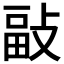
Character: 𢾇